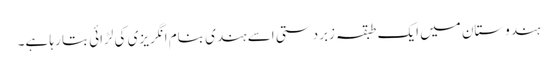
ہندوستان میں ایک طبقہ زبردستی اسے ہندی بنام انگریزی کی لڑائی بتا رہا ہے۔